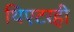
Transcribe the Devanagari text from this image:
थिएटरही